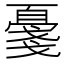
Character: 𪭔